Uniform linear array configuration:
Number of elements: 48
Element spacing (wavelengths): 0.25
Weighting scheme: kaiser
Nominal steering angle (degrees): -60
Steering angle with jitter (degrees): -58.89
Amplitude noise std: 0.05
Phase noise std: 0.05

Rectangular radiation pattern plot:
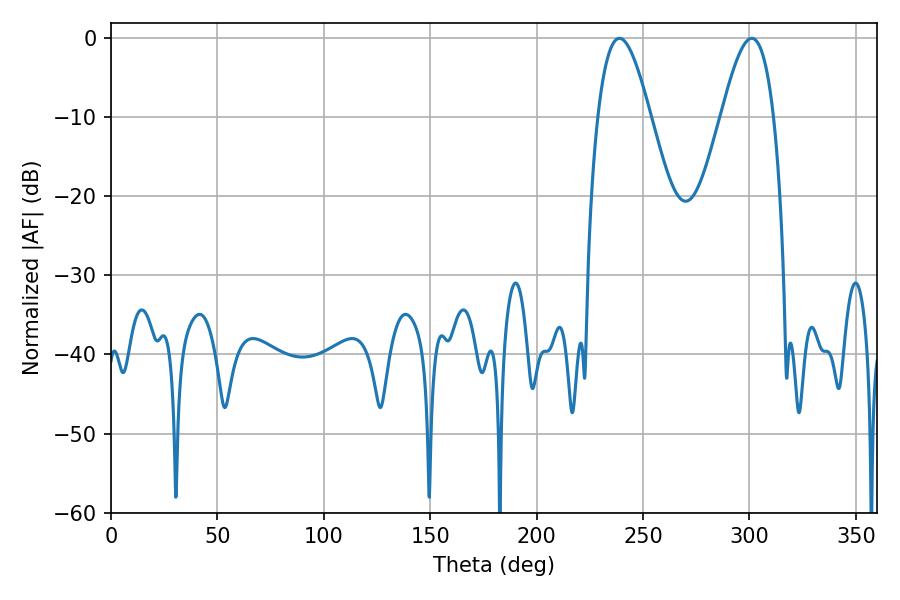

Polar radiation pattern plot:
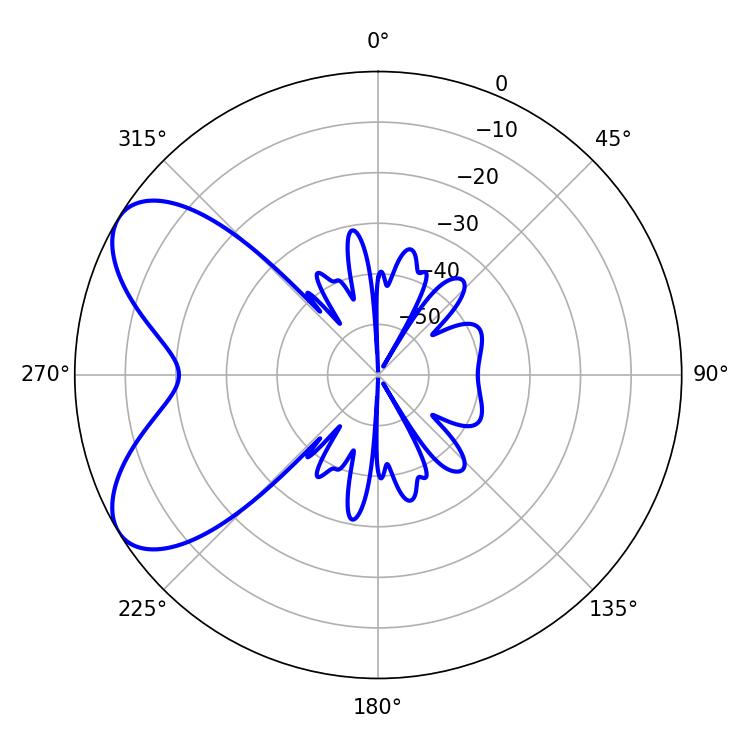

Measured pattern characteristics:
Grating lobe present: FALSE
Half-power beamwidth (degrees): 13.32
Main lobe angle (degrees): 238.86